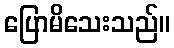
ပြောမိသေးသည်။